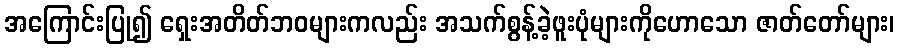
အကြောင်းပြု၍ ရှေးအတိတ်ဘဝများကလည်း အသက်စွန့်ခဲ့ဖူးပုံများကိုဟောသော ဇာတ်တော်များ၊